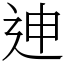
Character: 迧